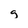
Character: g